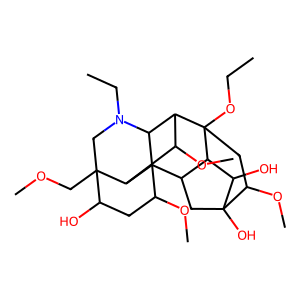
SMILES: CCOC12CC(OC)C3(O)CC(C1C3O)C13C(OC)CC(O)C4(COC)CN(CC)C1C2C(OC)C43
Inhibits HIV replication: No